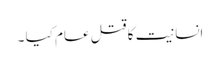
انسانیت کا قتل عام کیا ۔